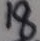
1 8